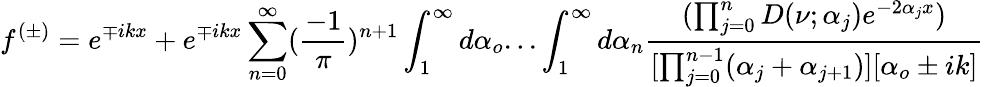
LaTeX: f^{(\pm)}=e^{\mp ikx}+e^{\mp ikx}\sum_{n=0}^{\infty}(\frac{-1}{\pi})^{n+1}\int_{1}^{\infty}d\alpha_{o}...\int_{1}^{\infty}d\alpha_{n}\frac{(\prod_{j=0}^{n}D(\nu;\alpha_{j})e^{-2\alpha_{j}x})}{[\prod_{j=0}^{n-1}(\alpha_{j}+\alpha_{j+1})][\alpha_{o}\pm ik]}